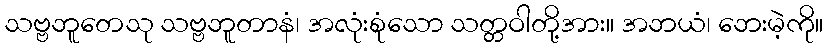
သဗ္ဗဘူတေသု သဗ္ဗဘူတာနံ၊ အလုံးစုံသော သတ္တဝါတို့အား။ အဘယံ၊ ဘေးမဲ့ကို။